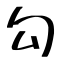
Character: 勾